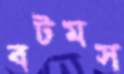
বটমস